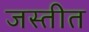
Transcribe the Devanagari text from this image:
जस्तीत